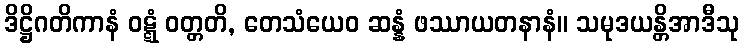
ဒိဋ္ဌိဂတိကာနံ ဝဋ္ဋံ ဝတ္တတိ, တေသံယေဝ ဆန္နံ ဖဿာယတနာနံ။ သမုဒယန္တိအာဒီသု